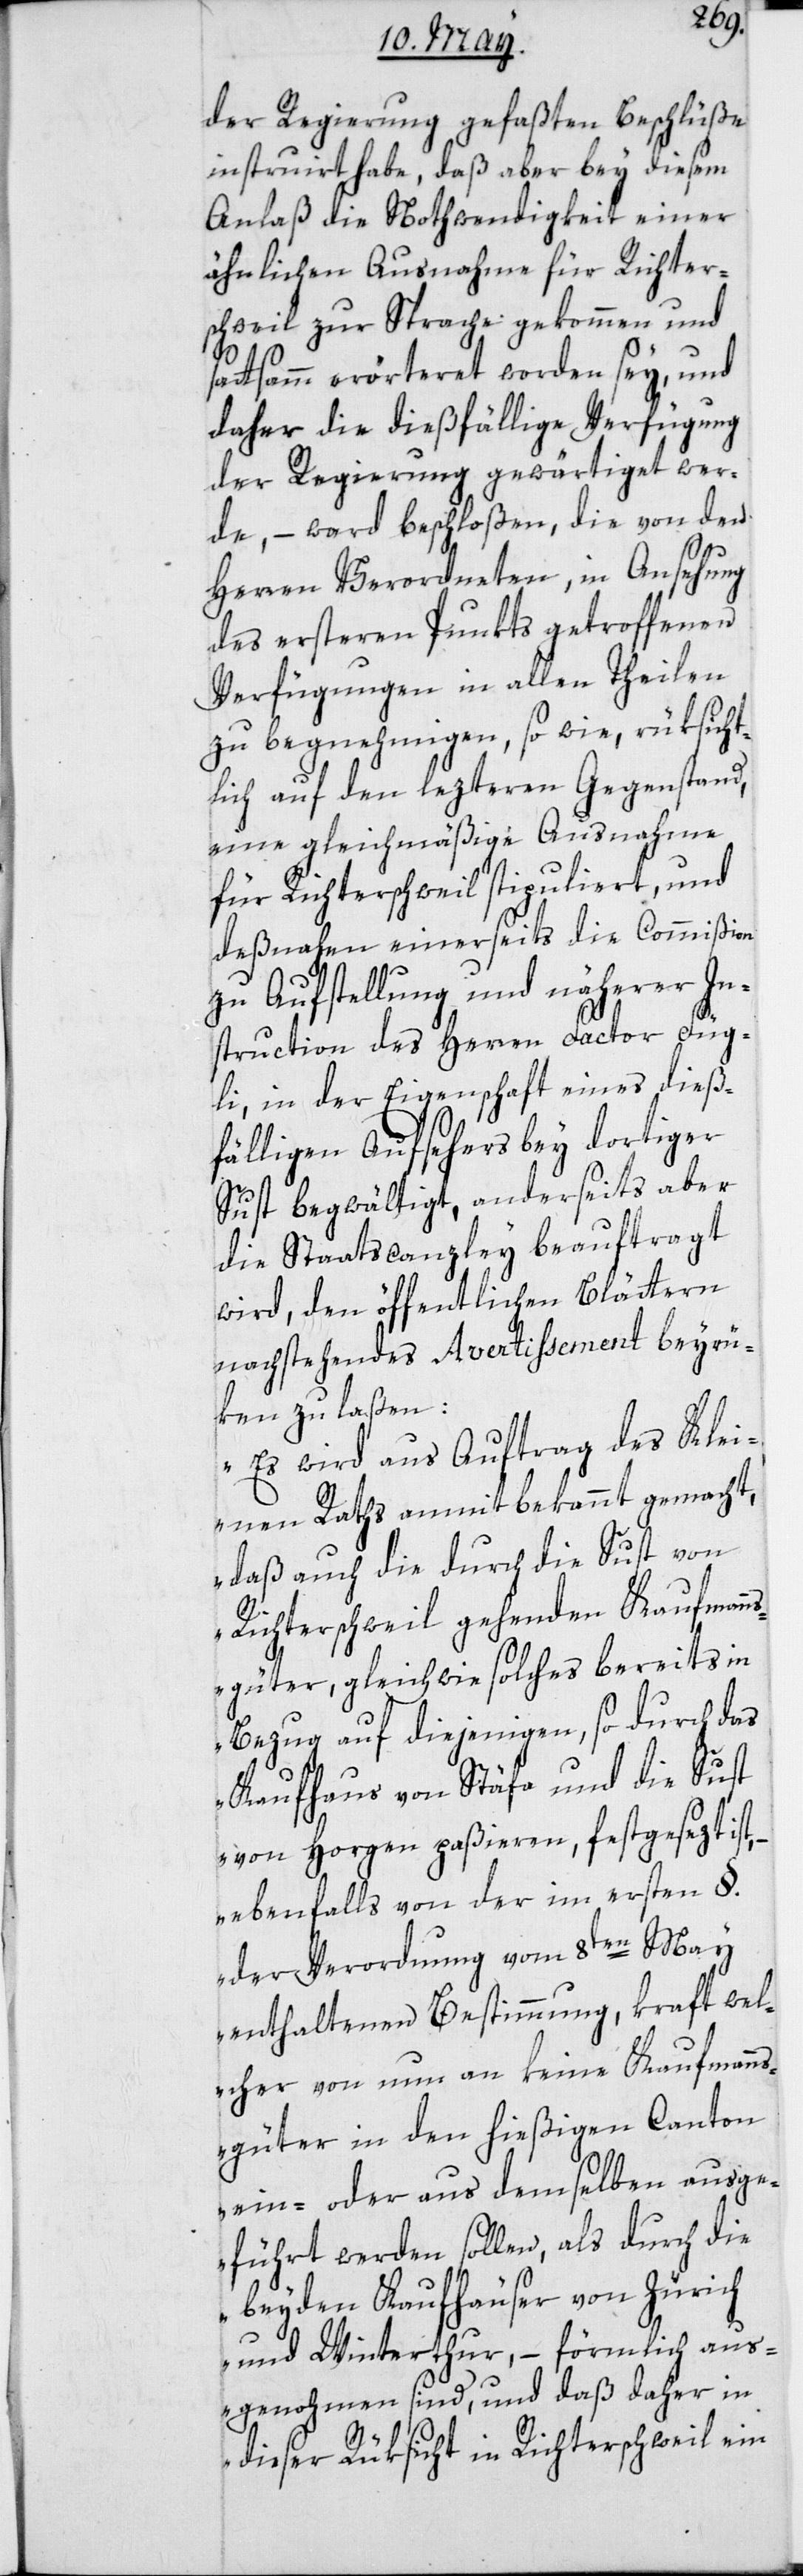
der Regierung gefaßten Beschlüße
instruiert habe, daß aber bey diesem
Anlaß die Nothwendigkeit einer
ähnlichen Ausnahme für Richter¬
schweil zur Sprache gekommen und
sattsam erörtert worden sey, und
daher die dießfällige Verfügung
der Regierung gewärtiget wer¬
de, – ward beschloßen, die von den
Herren Verordneten, in Ansehung
des ersteren Punkts getroffenen
Verfügungen in allen Theilen
zu begnehmigen, sowie rüksicht¬
lich auf den lezteren Gegenstand,
eine gleichmäßige Ausnahme
für Richterschweil stipuliert, und
deßnahen einerseits die Commißion
zu Aufstellung und näherer In¬
struction des Herren Factor Füg¬
li, in der Eigenschaft eines dieß¬
fälligen Aufsehers bey dortiger
Sust begwältigt, anderseits aber
die Staatscanzley beauftragt
wird, den öffentlichen Blättern
nachstehendes Avertissement beyrü¬
ken zu laßen:
„Es wird aus Auftrag des Klei¬
nen Raths anmit bekannt gemacht,
daß auch die durch die Sust von
Richterschweil gehenden Kaufmann¬
sgüter gleichwie solches bereits in
Bezug auf diejenigen, so durch das
Kaufhaus von Stäfa und die Sust
von Horgen paßieren, festgesezt ist,
ebenfalls von der im ersten §.
der Verordnung vom 8ten May
enthaltenen Bestimmung, kraft wel¬
cher von nun an keine Kaufmann¬
sgüter in den hießigen Canton
ein- oder aus demselben ausge¬
führt werden sollen, als durch die
beyden Kaufhäuser von Zürich
und Winterthur, – förmlich aus¬
genohmen sind, und daß daher in
dieser Rüksicht in Richterschweil ein